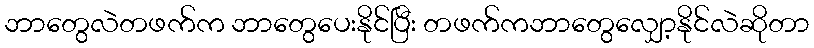
ဘာတွေလဲတဖက်က ဘာတွေပေးနိုင်ပြီး တဖက်ကဘာတွေလျှော့နိုင်လဲဆိုတာ